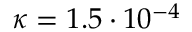
\kappa = 1 . 5 \cdot 1 0 ^ { - 4 }